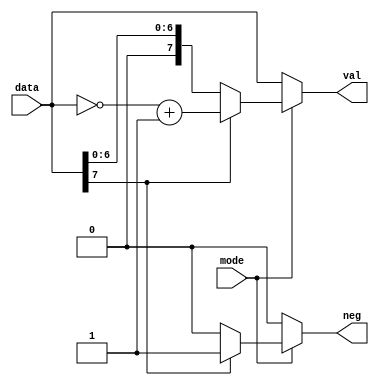
`timescale 1ns / 1ps

module interpretVal(
input [7:0] data, input mode, 
output reg [7:0] val, output reg neg
);

always @* begin
	if (mode == 1) begin
		if (data[7] == 1) begin
			val = ~data + 1;
			neg = 1;
		end
		else begin
			val = data;
			neg = 0;
		end
	end
	else begin
		val = data;
		neg = 0;
	end
end
endmodule